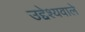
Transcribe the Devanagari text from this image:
उद्देश्यवाले